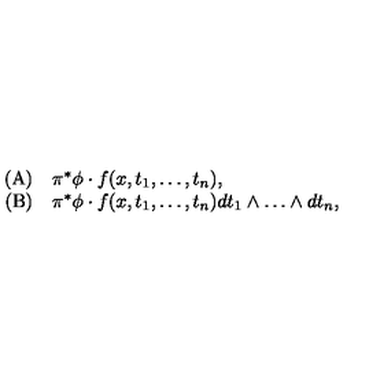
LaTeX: \begin{array} { r l } { \mathrm { ( A ) } } & { \pi ^ { * } \phi \cdot f ( x , t _ { 1 } , \dots , t _ { n } ) , } \\ { \mathrm { ( B ) } } & { \pi ^ { * } \phi \cdot f ( x , t _ { 1 } , \dots , t _ { n } ) d t _ { 1 } \wedge \dots \wedge d t _ { n } , } \\ \end{array}